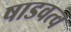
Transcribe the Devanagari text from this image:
षाडवत्व